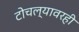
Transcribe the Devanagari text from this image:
टोचल्यावरही